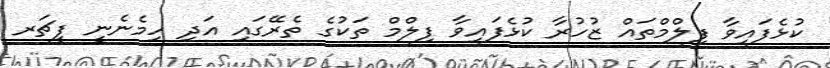
ކުޅެފައިވާ ފިލްމްތައް ޒުހުރާ ކުޅެފައިވާ ފިލްމް ތަކުގެ ތެރޭގައި އަދި ހިމެނެނީ ފީޗަރ